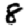
Digit: 8